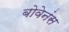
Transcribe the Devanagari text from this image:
बोवेनंस